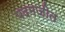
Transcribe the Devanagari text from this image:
पदमजीत